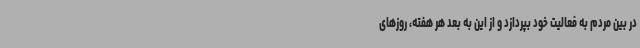
در بین مردم به فعالیت خود بپردازد و از این به بعد هر هفته، روزهای